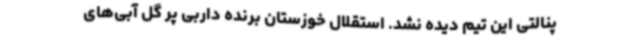
پنالتی این تیم دیده نشد. استقلال خوزستان برنده داربی پر گل آبی‌های